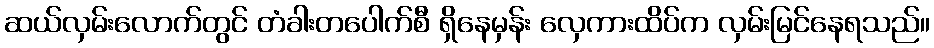
ဆယ်လှမ်းလောက်တွင် တံခါးတပေါက်စီ ရှိနေမှန်း လှေကားထိပ်က လှမ်းမြင်နေရသည်။